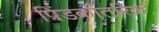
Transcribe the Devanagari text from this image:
पिंडकांतरिक